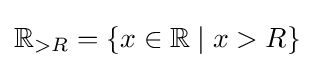
\mathbb {R} _{>R}=\lbrace x\in \mathbb {R} \mid x>R\rbrace